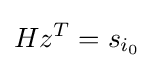
Hz^{T}=s_{i_{0}}